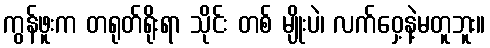
ကွန်ဖူးက တရုတ်ရိုးရာ သိုင်း တစ် မျိုးပဲ၊ လက်ဝှေ့နဲ့မတူဘူး။